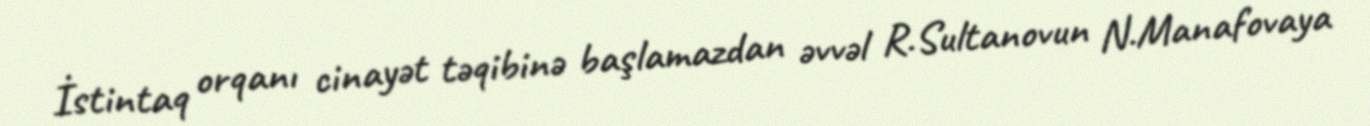
İstintaq orqanı cinayət təqibinə başlamazdan əvvəl R.Sultanovun N.Manafovaya